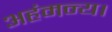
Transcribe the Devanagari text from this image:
अहंमन्य।